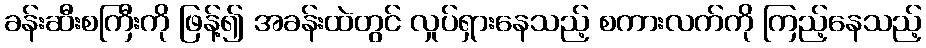
ခန်းဆီးစကြီးကို ဖြန့်၍ အခန်းထဲတွင် လှုပ်ရှားနေသည့် စကားလက်ကို ကြည့်နေသည့်